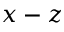
x - z